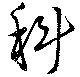
科